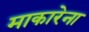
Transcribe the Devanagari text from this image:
माकारेना